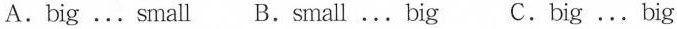
A.big ...small B.small ...big C.big ...big